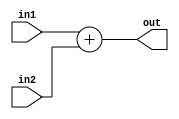
module adder(in1, in2, out);
   input [7:0] in1, in2;
   output reg[7:0] out;
	
	 initial begin
        $display("Testando ADDER...");
        $monitor(" in 1 = %b   in 2 = %b  saida = %b ", in1, in2, out);
        end
	
   always @(*)
     out <= in1 + in2;
endmodule